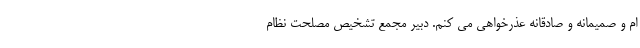
ام و صمیمانه و صادقانه عذرخواهی می کنم. دبیر مجمع تشخیص مصلحت نظام